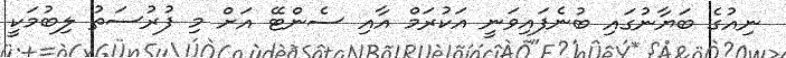
ނިއުގެ ބަޔާނުގައި ބުނެފައިވަނީ އަކުރަމް އާއި ސެންޓޭ އަށް މި ފުރުސަތު ލިބުމަކީ